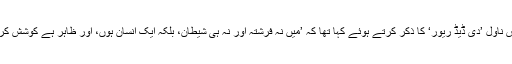
اپنے ایک انٹرویو میں انہوں نے اپنے اس ناول ’دی ڈیڈ ریور‘ کا ذکر کرتے ہوئے کہا تھا کہ ’میں نہ فرشتہ اور نہ ہی شیطان، بلکہ ایک انسان ہوں، اور ظاہر ہے کوشش کروں گا کہ کسی نئے موضوع پر لکھوں۔